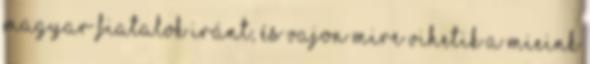
magyar fiatalok iránt, és vajon mire vihetik a mieink